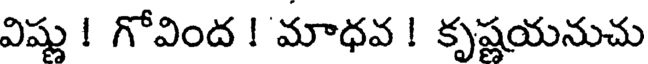
విష్ణు ! గోవింద ! మాధవ ! కృష్ణయనుచు